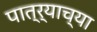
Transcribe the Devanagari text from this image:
पात्र्याच्या